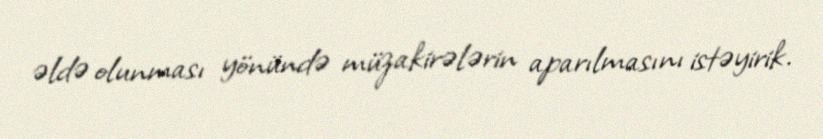
əldə olunması yönündə müzakirələrin aparılmasını istəyirik.